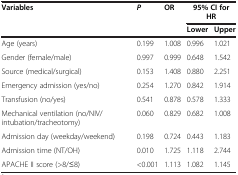
<table><thead><tr><td><b>Variables</b></td><td><b><i>P</i></b></td><td><b>OR</b></td><td colspan="2"><b>95% CI for HR</b></td></tr><tr><td><b> </b></td><td><b> </b></td><td><b> </b></td><td><b>Lower</b></td><td><b>Upper</b></td></tr></thead><tbody><tr><td>Age (years)</td><td>0.199</td><td>1.008</td><td>0.996</td><td>1.021</td></tr><tr><td>Gender (female/male)</td><td>0.997</td><td>0.999</td><td>0.648</td><td>1.542</td></tr><tr><td>Source (medical/surgical)</td><td>0.153</td><td>1.408</td><td>0.880</td><td>2.251</td></tr><tr><td>Emergency admission (yes/no)</td><td>0.254</td><td>1.270</td><td>0.842</td><td>1.914</td></tr><tr><td>Transfusion (no/yes)</td><td>0.541</td><td>0.878</td><td>0.578</td><td>1.333</td></tr><tr><td>Mechanical ventilation (no/NIV/intubation/tracheotomy)</td><td>0.060</td><td>0.829</td><td>0.682</td><td>1.008</td></tr><tr><td>Admission day (weekday/weekend)</td><td>0.198</td><td>0.724</td><td>0.443</td><td>1.183</td></tr><tr><td>Admission time (NT/OH)</td><td>0.010</td><td>1.725</td><td>1.118</td><td>2.744</td></tr><tr><td>APACHE II score (&gt;8/≤8)</td><td>&lt;0.001</td><td>1.113</td><td>1.082</td><td>1.145</td></tr></tbody></table>